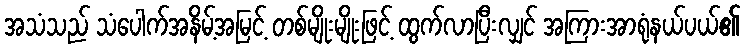
အသံသည် သံပေါက်အနိမ့်အမြင့် တစ်မျိုးမျိုးဖြင့် ထွက်လာပြီးလျှင် အကြားအာရုံနယ်ပယ်၏